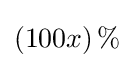
\left(100x\right)\%